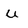
Character: u